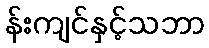
န်းကျင်နှင့်သဘာ